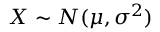
\textstyle X \sim N ( \mu , \sigma ^ { 2 } )